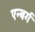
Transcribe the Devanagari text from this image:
एन्बर्ग